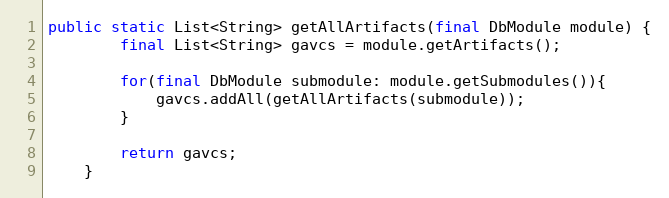
Language: Java
public static List<String> getAllArtifacts(final DbModule module) {
        final List<String> gavcs = module.getArtifacts();

        for(final DbModule submodule: module.getSubmodules()){
            gavcs.addAll(getAllArtifacts(submodule));
        }

        return gavcs;
    }